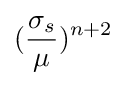
({\frac {\sigma _{s}}{\mu }})^{n+2}